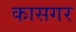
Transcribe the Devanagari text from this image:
कासगर